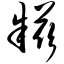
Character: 糍